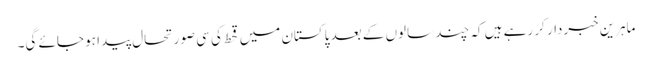
ماہرین خبردار کر رہے ہیں کہ چند سالوں کے بعد پاکستان میں قحط کی سی صورتحال پیدا ہو جائے گی۔